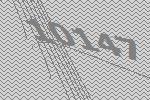
10147